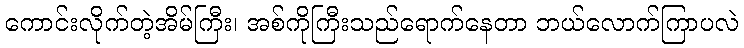
ကောင်းလိုက်တဲ့အိမ်ကြီး၊ အစ်ကိုကြီးသည်ရောက်နေတာ ဘယ်လောက်ကြာပလဲ